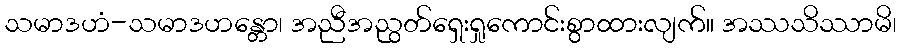
သမာဒဟံ-သမာဒဟန္တော၊ အညီအညွတ်ရှေးရှုကောင်းစွာထားလျက်။ အဿသိဿာမိ၊